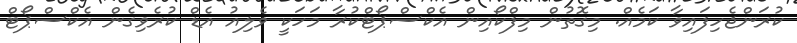
ކުރަންޖެހިފައިވާ ކަމެއް. މިގޮތުން މިފްކޯއިން އެކްސްޕޯޓްކުރާ މަހަކީ ވެލިއު އެޑް ކުރެވިގެން އެކްސްޕޯޓް